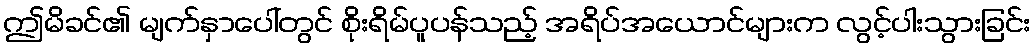
ဤမိခင်၏ မျက်နှာပေါ်တွင် စိုးရိမ်ပူပန်သည့် အရိပ်အယောင်များက လွင့်ပါးသွားခြင်း